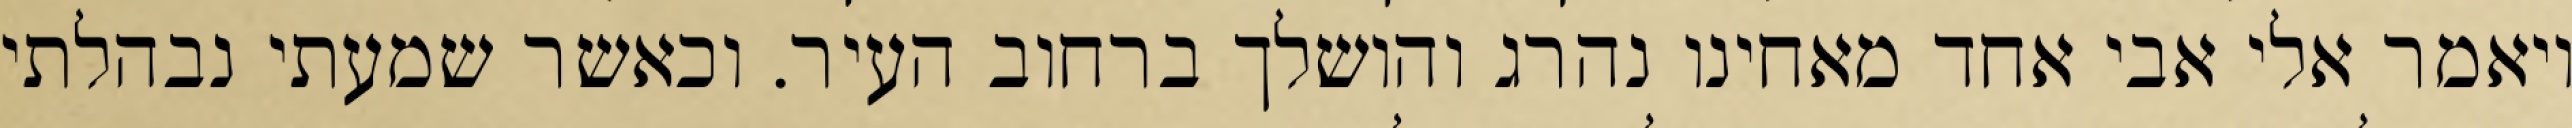
ויאמר אלי אבי אחד מאחינו נהרג והושלך ברחוב העיר. וכאשר שמעתי נבהלתי